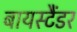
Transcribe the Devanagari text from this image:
बायस्टैंडर